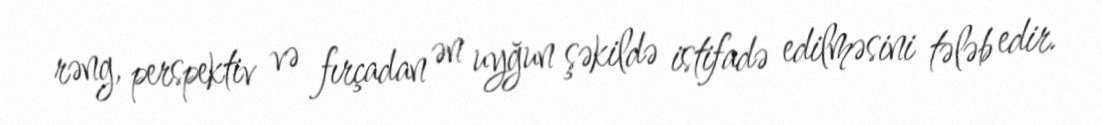
rəng, perspektiv və fırçadan ən uyğun şəkildə istifadə edilməsini tələb edir.